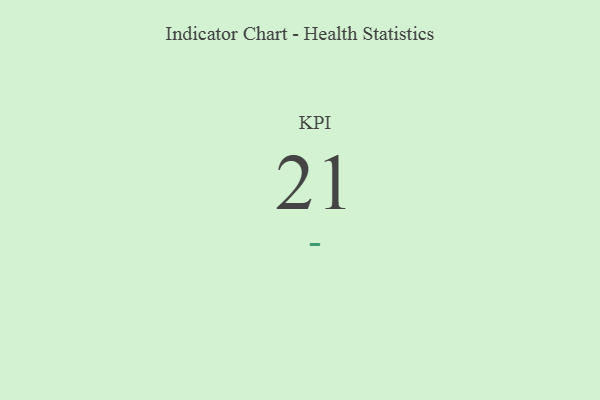
{"axis": {"x": "KPI", "y": "Value"}, "legend": [""], "data": [{"x": "KPI", "y": 21, "type": ""}]}